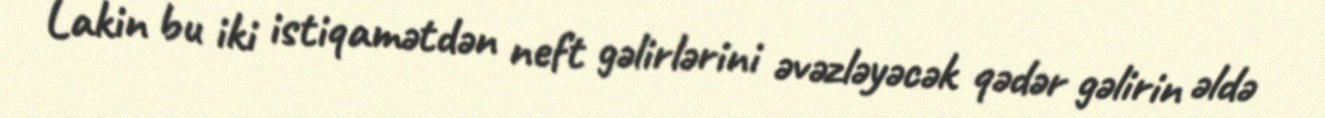
Lakin bu iki istiqamətdən neft gəlirlərini əvəzləyəcək qədər gəlirin əldə